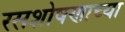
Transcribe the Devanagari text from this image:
रसशोषणाच्या